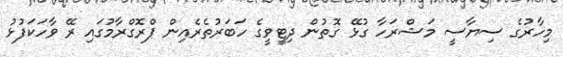
މިހާރުގެ ސިޔާސީ މަޝްރަހާ ގުޅޭ ގޮތުން ދިޓީވީގެ ހަބަރުތެރެއިން ޕްރޮގްރާމުގައި ރޭ ވާހަކަފުޅު